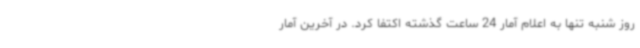
روز شنبه تنها به اعلام آمار 24 ساعت گذشته اکتفا کرد. در آخرین آمار